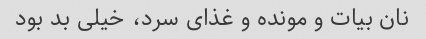
نان بیات و مونده و غذای سرد، خیلی بد بود